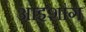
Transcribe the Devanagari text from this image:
आइशांग